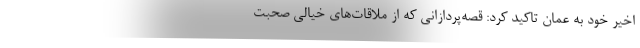
اخیر خود به عمان تاکید کرد: قصه‌پردازانی که از ملاقات‌های خیالی صحبت